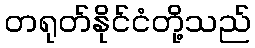
တရုတ်နိုင်ငံတို့သည်